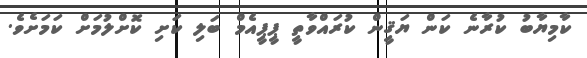
ކާމިޔާބު ކުރާނެ ކަން ޔަޤީން ކުރައްވާތީ ޕީޕީއެމް ބަލި ކަށި ކޮށްލުމަށް ކަމަށެވެ.